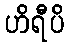
ဟိရီပိ